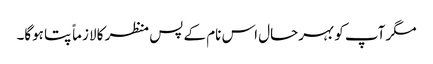
مگر آپ کو بہرحال اس نام کے پس منظر کا لازماً پتا ہوگا۔